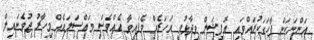
އަންނަކަން ފާހަގަކުރައްވައި އޮފިޝަލް ވިދާޅުވީ އަހަރެއް ވެފައިވާ އެއްވެސް މައްސަލައެއް މިހާރު ޖުވެނައިލް